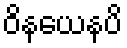
ဝိနယေနပိ